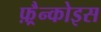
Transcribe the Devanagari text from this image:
फ़्रैन्कोइस